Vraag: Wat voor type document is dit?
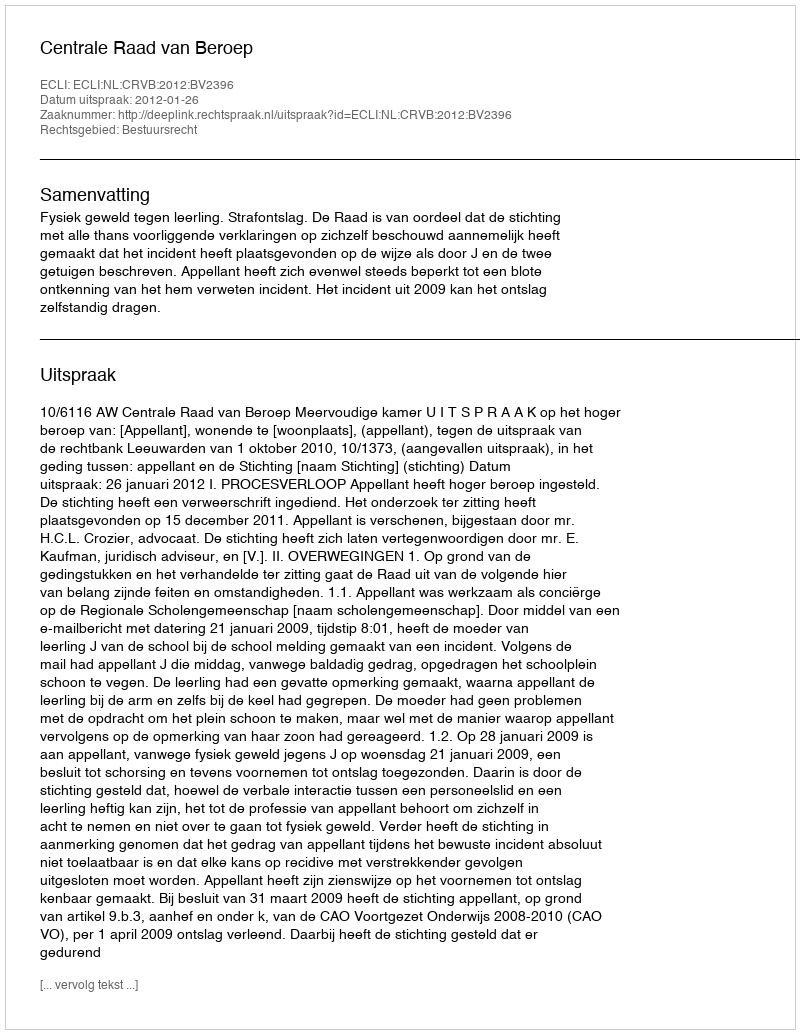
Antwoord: Uitspraak